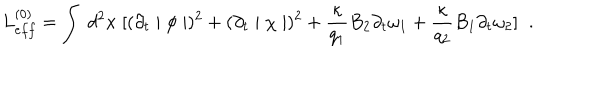
L _ { e f f } ^ { ( 0 ) } = \int \; d ^ { 2 } x \; [ ( \partial _ { t } \mid \phi \mid ) ^ { 2 } + ( \partial _ { t } \mid \chi \mid ) ^ { 2 } + \frac { \kappa } { q _ { 1 } } B _ { 2 } \partial _ { t } \omega _ { 1 } + \frac { \kappa } { q _ { 2 } } B _ { 1 } \partial _ { t } \omega _ { 2 } ] \; \; .